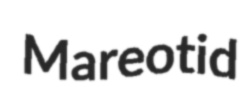
Mareotid